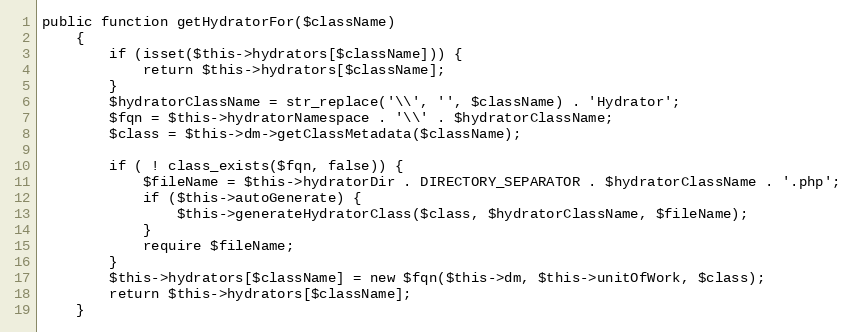
Language: PHP
public function getHydratorFor($className)
    {
        if (isset($this->hydrators[$className])) {
            return $this->hydrators[$className];
        }
        $hydratorClassName = str_replace('\\', '', $className) . 'Hydrator';
        $fqn = $this->hydratorNamespace . '\\' . $hydratorClassName;
        $class = $this->dm->getClassMetadata($className);

        if ( ! class_exists($fqn, false)) {
            $fileName = $this->hydratorDir . DIRECTORY_SEPARATOR . $hydratorClassName . '.php';
            if ($this->autoGenerate) {
                $this->generateHydratorClass($class, $hydratorClassName, $fileName);
            }
            require $fileName;
        }
        $this->hydrators[$className] = new $fqn($this->dm, $this->unitOfWork, $class);
        return $this->hydrators[$className];
    }